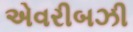
એવરીબઝી